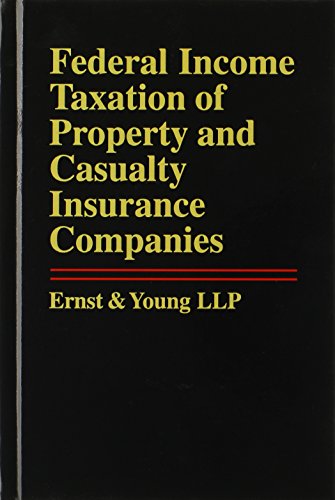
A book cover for Federal Income Taxation of Property and Casualty Insurance Companies; Ernst & Young; Business & Money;